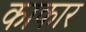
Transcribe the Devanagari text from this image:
काकार